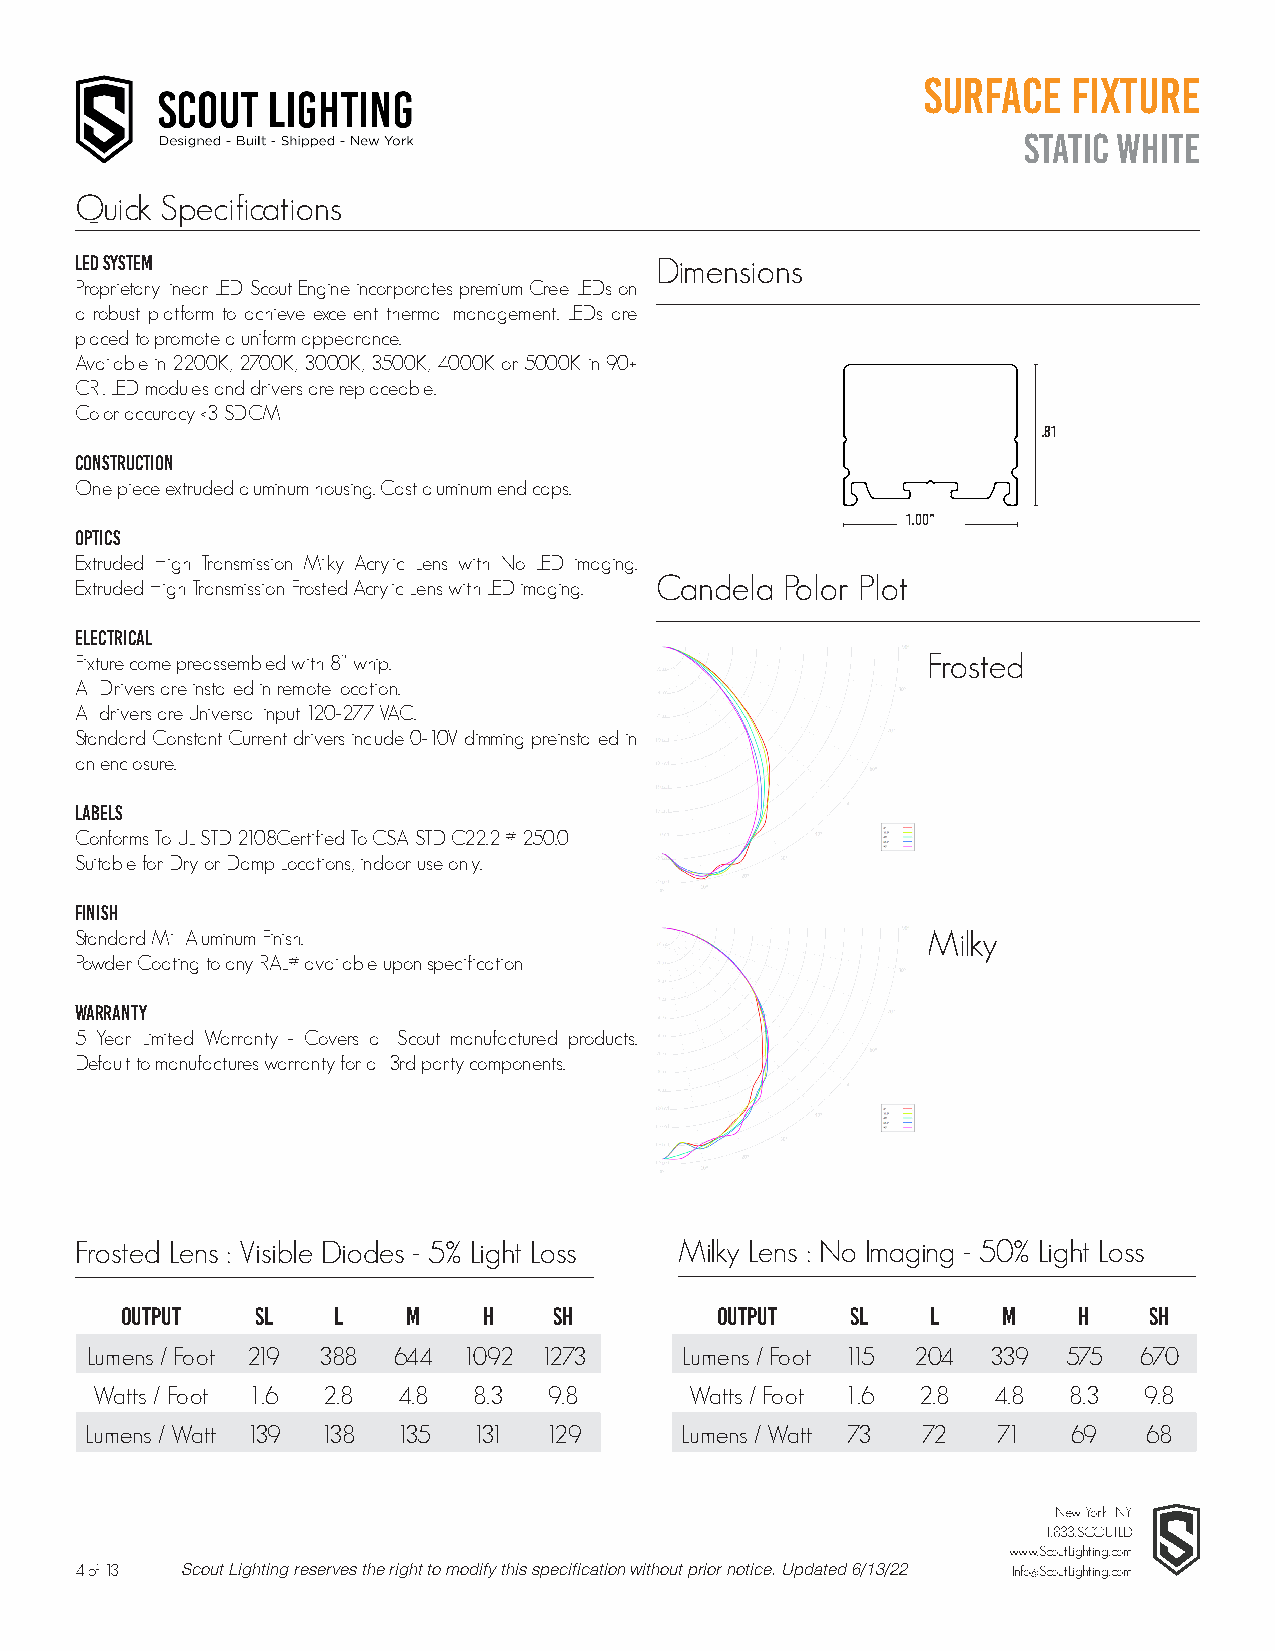
Surface   Fixture
 Static White
 Quick Specifications
 LED System                            Dimensions
 Proprietary linear LED Scout Engine incorporates premium Cree LEDs on
 a robust platform to achieve excellent thermal management. LEDs are
 placed to promote a uniform appearance.
 Available in 2200K, 2700K, 3000K, 3500K, 4000K or 5000K in 90+
 CRI. LED modules and drivers are replaceable.
 Color accuracy <3 SDCM
 .81
 Construction
 One piece extruded aluminum housing. Cast aluminum end caps.
 1.00”
 Optics
 Extruded High Transmission Milky Acrylic Lens with No LED imaging.
 Candela  Polor Plot
 Extruded High Transmission Frosted Acrylic Lens with LED imaging.
 Electrical
 Fixture come preassembled with 8” whip.                 Frosted
 All Drivers are installed in remote location.
 All drivers are Universal input 120-277 VAC.
 Standard Constant Current drivers include 0-10V dimming preinstalled in
 an enclosure.
 Labels
 Conforms To UL STD 2108Certified To CSA STD C22.2 # 250.0
 Suitable for Dry or Damp Locations, indoor use only.
 Finish
 Standard Mill Aluminum Finish.                          Milky
 Powder Coating to any RAL# available upon specification
 Warranty
 5 Year Limited Warranty - Covers all Scout manufactured products.
 Default to manufactures warranty for all 3rd party components.
 Frosted Lens : Visible Diodes - 5% Light Loss Milky Lens : No Imaging - 50% Light Loss
 Output   SL   L    M    H    SH        Output   SL    L   M    H    SH
 Lumens / Foot 219 388 644 1092 1273    Lumens / Foot 115 204 339 575 670
 Watts / Foot 1.6 2.8 4.8 8.3  9.8       Watts / Foot 1.6 2.8 4.8 8.3  9.8
 Lumens / Watt 139 138 135 131 129      Lumens / Watt 73 72  71   69   68
 New York, NY
 1.833.SCOUTLD
 www.ScoutLighting.com
 4 of 13 Scout Lighting reserves the right to modify this specification without prior notice. Updated 6/13/22 Info@ScoutLighting.com